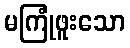
မကြုံဖူးသော